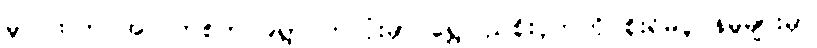
မူလထဲက အဲလက်စ်က ၉ရွာ တလုံးမှာ ရွှေပြည်စိုးငှက်ကို စိုးရိမ်ပူပန်မှုများမှာ